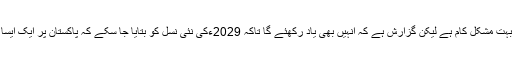
وہ لوگ جو ایک ڈکٹیٹر کو سزا سنانے و الے جج کو ذہنی مریض قرار دیتے ہیں انہیں یاد رکھنا بہت مشکل کام ہے لیکن گزارش ہے کہ انہیں بھی یاد رکھئے گا تاکہ 2029ءکی نئی نسل کو بتایا جا سکے کہ پاکستان پر ایک ایسا زمانہ بھی آیا تھا جب قانون کی بالادستی کو سب سے زیادہ خطرہ وزیر قانون سے ہوا کرتا تھا۔